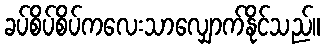
ခပ်စိပ်စိပ်ကလေးသာလျှောက်နိုင်သည်။